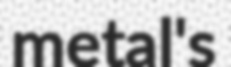
metal's